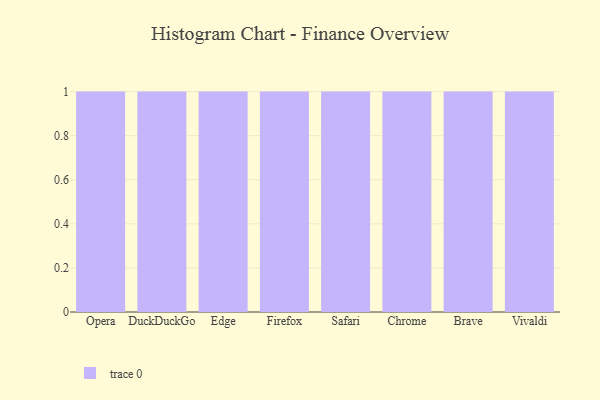
{"axis": {"x": "Browser", "y": "LTV (USD)"}, "legend": [""], "data": [{"x": "Opera", "y": 11, "type": ""}, {"x": "DuckDuckGo", "y": 80, "type": ""}, {"x": "Edge", "y": 23, "type": ""}, {"x": "Firefox", "y": 44, "type": ""}, {"x": "Safari", "y": 77, "type": ""}, {"x": "Chrome", "y": 25, "type": ""}, {"x": "Brave", "y": 13, "type": ""}, {"x": "Vivaldi", "y": 46, "type": ""}]}